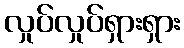
လှုပ်လှုပ်ရှားရှား